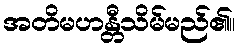
အတိမဟန္တီသိမ်မည်၏။